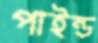
পাইন্ড